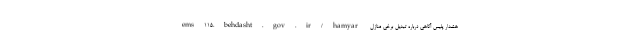
ems۱۱۵.behdasht.gov.ir/hamyar هشدار پلیس آگاهی درباره تبدیل برخی منازل